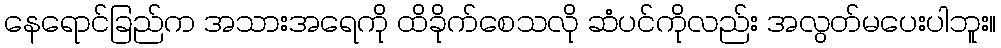
နေရောင်ခြည်က အသားအရေကို ထိခိုက်စေသလို ဆံပင်ကိုလည်း အလွတ်မပေးပါဘူး။